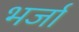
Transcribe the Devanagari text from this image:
भर्जा